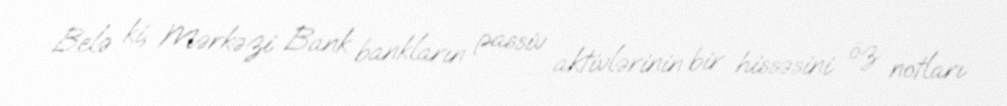
Belə ki, Mərkəzi Bank bankların passiv aktivlərinin bir hissəsini öz notları